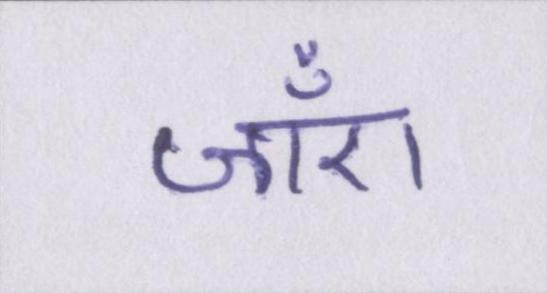
जाँए